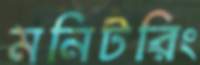
মনিটরিং